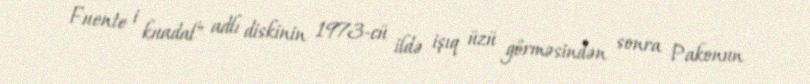
Fuente i kuadal" adlı diskinin 1973-cü ildə işıq üzü görməsindən sonra Pakonun